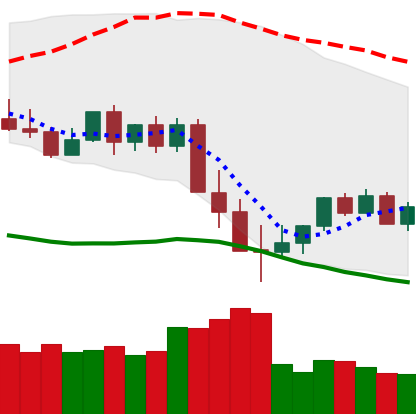
Ticker: XMR-USD
Chart end date: 2022-05-19
Forward return: 16.448%
Label: up_7plus